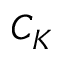
C _ { K }